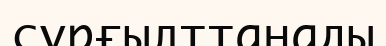
сұрғылттанады